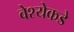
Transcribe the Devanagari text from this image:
वेश्येकडे